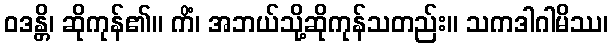
ဝဒန္တိ၊ ဆိုကုန်၏။ ကိံ၊ အဘယ်သို့ဆိုကုန်သတည်း။ သကဒါဂါမိဿ၊